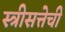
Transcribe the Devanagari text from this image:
स्त्रीसत्तेची